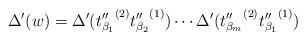
LaTeX: \begin{align*}\Delta'(w)=\Delta'({t''_{\beta_1}}^{(2)}{t''_{\beta_2}}^{(1)})\cdots\Delta'({t''_{\beta_m}}^{(2)}{t''_{\beta_1}}^{(1)})\end{align*}